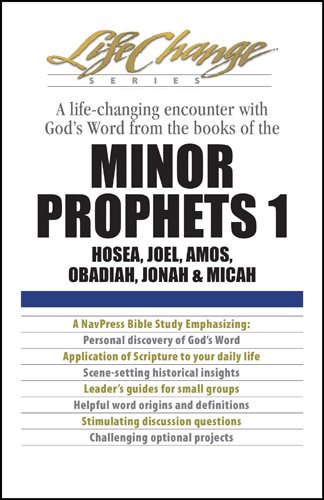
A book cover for Minor Prophets 1 (LifeChange); Christian Books & Bibles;